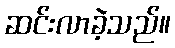
ဆင်းလာခဲ့သည်။